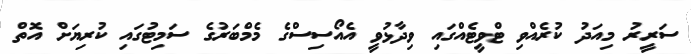
ސަރީރު މިއަދު ކުރެއްވި ޓްވީޓެއްގައި ވިދާޅުވީ އެއޯސިސްގެ މެމްބަރުގެ ސަމިޓުގައި ކުރިޔަށް އޮތް